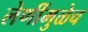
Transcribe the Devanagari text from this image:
लेणींमुळेच